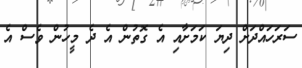
ސަރަހައްދަށް ދިޔަ ކަމަށާއި އެ ގޮތުން އެ ދެ މީހުން ވެސް އެ